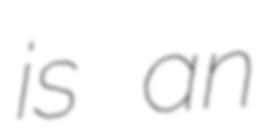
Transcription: is an